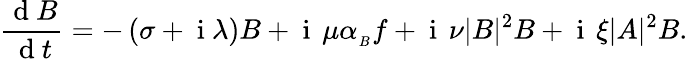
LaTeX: \frac{\mathrm{~d~}B}{\mathrm{~d~}t}=-\left(\sigma+\mathrm{~i~}\lambda\right)B+\mathrm{~i~}\, \mu\alpha_{_B}f+\mathrm{~i~}\, \nu|B|^{2}B+\mathrm{~i~}\, \xi|A|^{2}B.